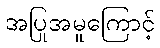
အပြုအမူကြောင့်